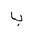
Letter: _ba